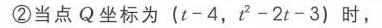
\textcircled{2}当点\(Q\)坐标为\((t - 4,\ t^{2}-2t - 3)\)时，